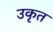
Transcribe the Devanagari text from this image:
उकृत